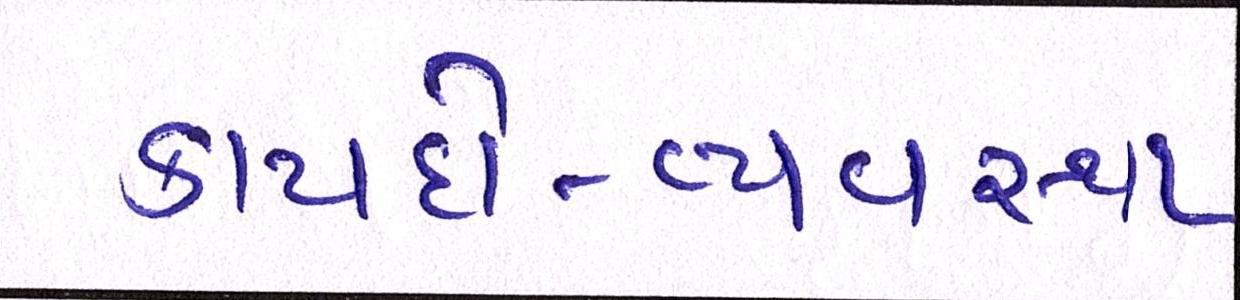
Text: કાયદો-વ્યવસ્થા